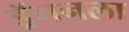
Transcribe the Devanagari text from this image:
ड्रॅगनला